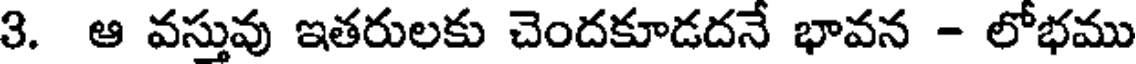
3. ఆ వస్తువు ఇతరులకు చెందకూడదనే భావన - లోభము